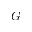
\boldsymbol { G }